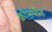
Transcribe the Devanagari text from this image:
क्रोमपीत